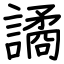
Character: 譎